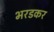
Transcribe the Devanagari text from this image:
भरडकर